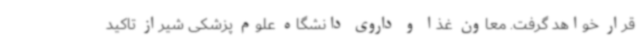
قرار خواهد گرفت. معاون غذا و داروی دانشگاه علوم پزشکی شیراز تاکید